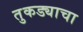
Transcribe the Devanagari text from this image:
तुकड्याचा